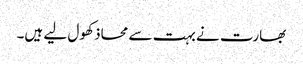
بھارت نے بہت سے محاذ کھول لیے ہیں۔